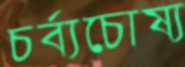
চর্ব্যচোষ্য